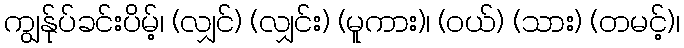
ကျွန်ုပ်ခင်းပိမ့်၊ (လျှင်) (လျှင်း) (မူကား)၊ (ဝယ်) (သား) (တမင့်)၊